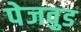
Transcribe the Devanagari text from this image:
पेजवुड